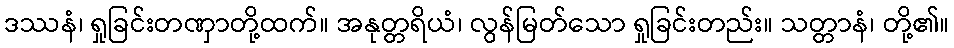
ဒဿနံ၊ ရှုခြင်းတဏှာတို့ထက်။ အနုတ္တရိယံ၊ လွန်မြတ်သော ရှုခြင်းတည်း။ သတ္တာနံ၊ တို့၏။